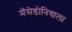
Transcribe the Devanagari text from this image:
मॅसेडोनियाला